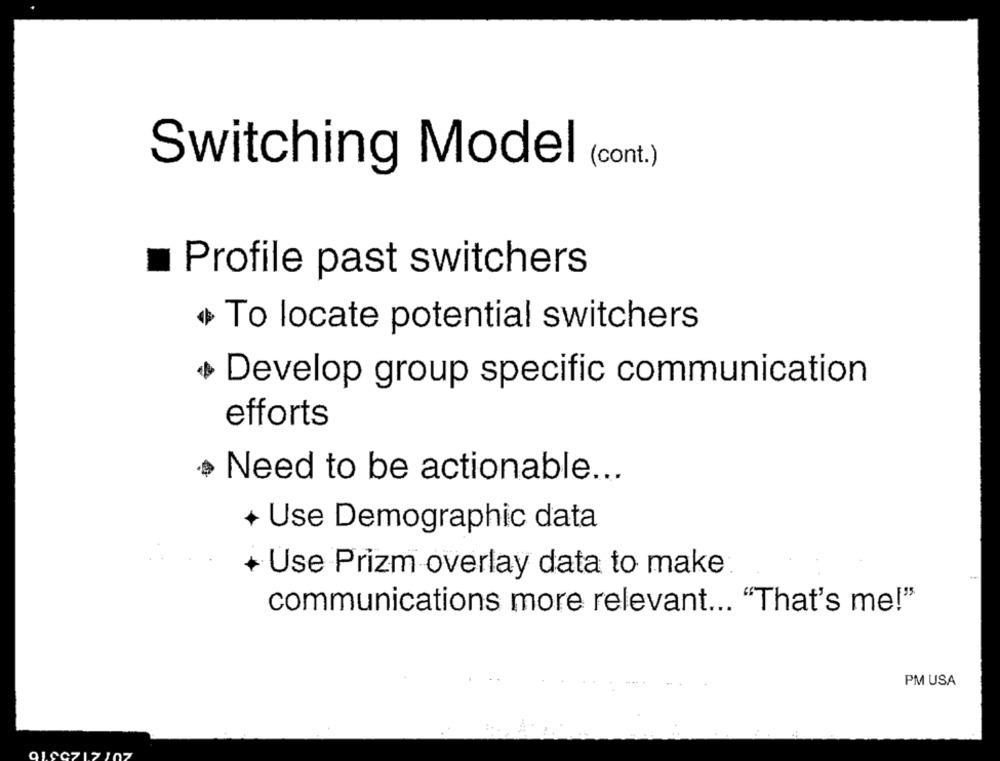
(cont.)
Switching Model
Profile past switchers
To locate potential switchers
Develop group specific communication
efforts
Need to be actionable ...
+ Use Demographic data
Use Prizm overlay data to make
communications more relevant ... "That's me!"
PM USA